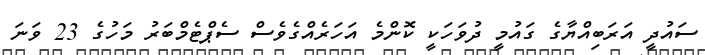
ސައުދީ އަރަބިއްޔާގެ ގައުމީ ދުވަހަކީ ކޮންމެ އަހަރެއްގެވެސް ސެޕްޓެމްބަރު މަހުގެ 23 ވަނަ